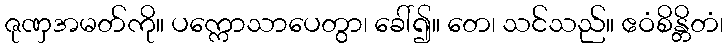
ဇုဏှအမတ်ကို။ ပက္ကောသာပေတွာ၊ ခေါ်၍။ တေ၊ သင်သည်။ ဧဝံစိန္တိတံ၊